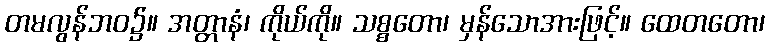
တမလွန်ဘဝ၌။ အတ္တာနံ၊ ကိုယ်ကို။ သစ္စတော၊ မှန်သောအားဖြင့်။ ထေတတော၊